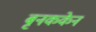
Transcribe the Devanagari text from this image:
बृनककेन